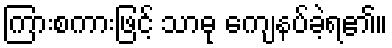
ကြားစကားဖြင့် သာဓု ကျေနပ်ခဲ့ရ၏။